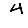
Digit: 4